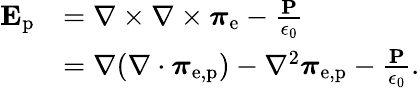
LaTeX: {\begin{array}{rl}{\mathbf{E}_{\mathrm{p}}}&{=\nabla\times\nabla\times{\boldsymbol{\pi}}_{\mathrm{e}}-{\frac{\mathbf{P}}{\epsilon_{0}}}}\\ &{=\nabla(\nabla\cdot{\boldsymbol{\pi}}_{\mathrm{e,p}})-\nabla^{2}{\boldsymbol{\pi}}_{\mathrm{e,p}}-{\frac{\mathbf{P}}{\epsilon_{0}}}.}\end{array}}